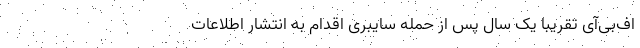
اف‌بی‌آی تقریبا یک سال پس از حمله سایبری اقدام به انتشار اطلاعات